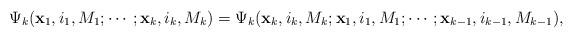
LaTeX: \begin{align*}\Psi_k({\bf x}_1,i_1,M_1;\cdots;{\bf x}_k,i_k,M_k)=\Psi_k({\bf x}_k,i_k,M_k;{\bf x}_1,i_1,M_1;\cdots;{\bf x}_{k-1},i_{k-1},M_{k-1}),\end{align*}